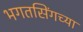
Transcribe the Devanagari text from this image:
भगतसिंगच्या